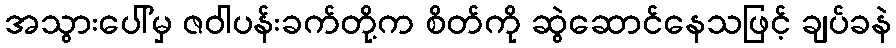
အသွားပေါ်မှ ဇဝါပန်းခက်တို့က စိတ်ကို ဆွဲဆောင်နေသဖြင့် ချပ်ခနဲ